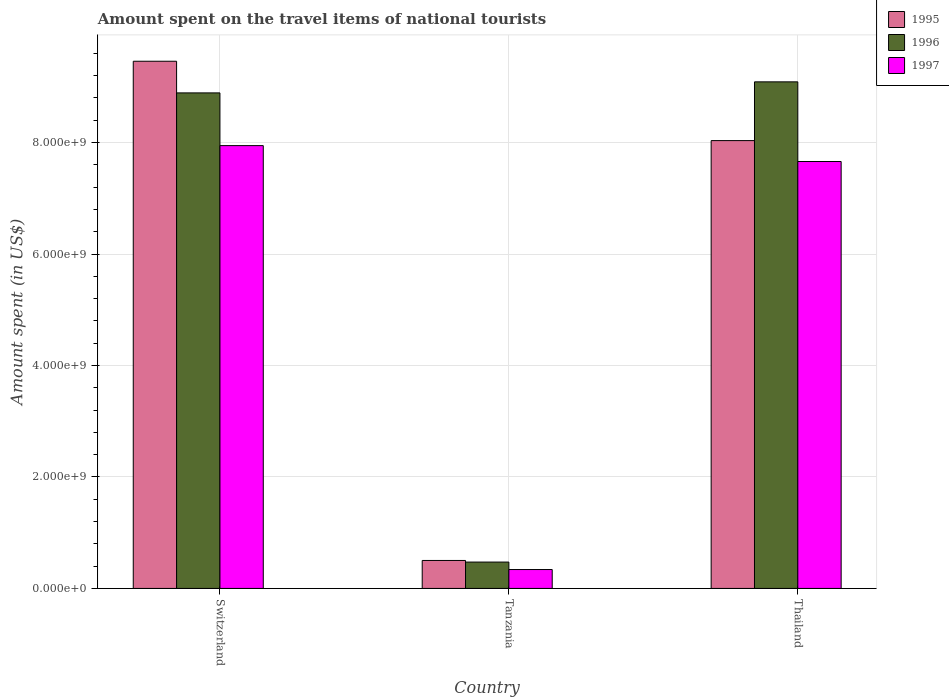
| Country | 1995 | 1996 | 1997 |
 | --- | --- | --- | --- |
 | Switzerland | 9.46e+09 | 8.89e+09 | 7.94e+09 |
 | Tanzania | 5.02e+08 | 4.73e+08 | 3.39e+08 |
 | Thailand | 8.04e+09 | 9.09e+09 | 7.66e+09 |